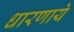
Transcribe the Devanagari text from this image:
धारणाये